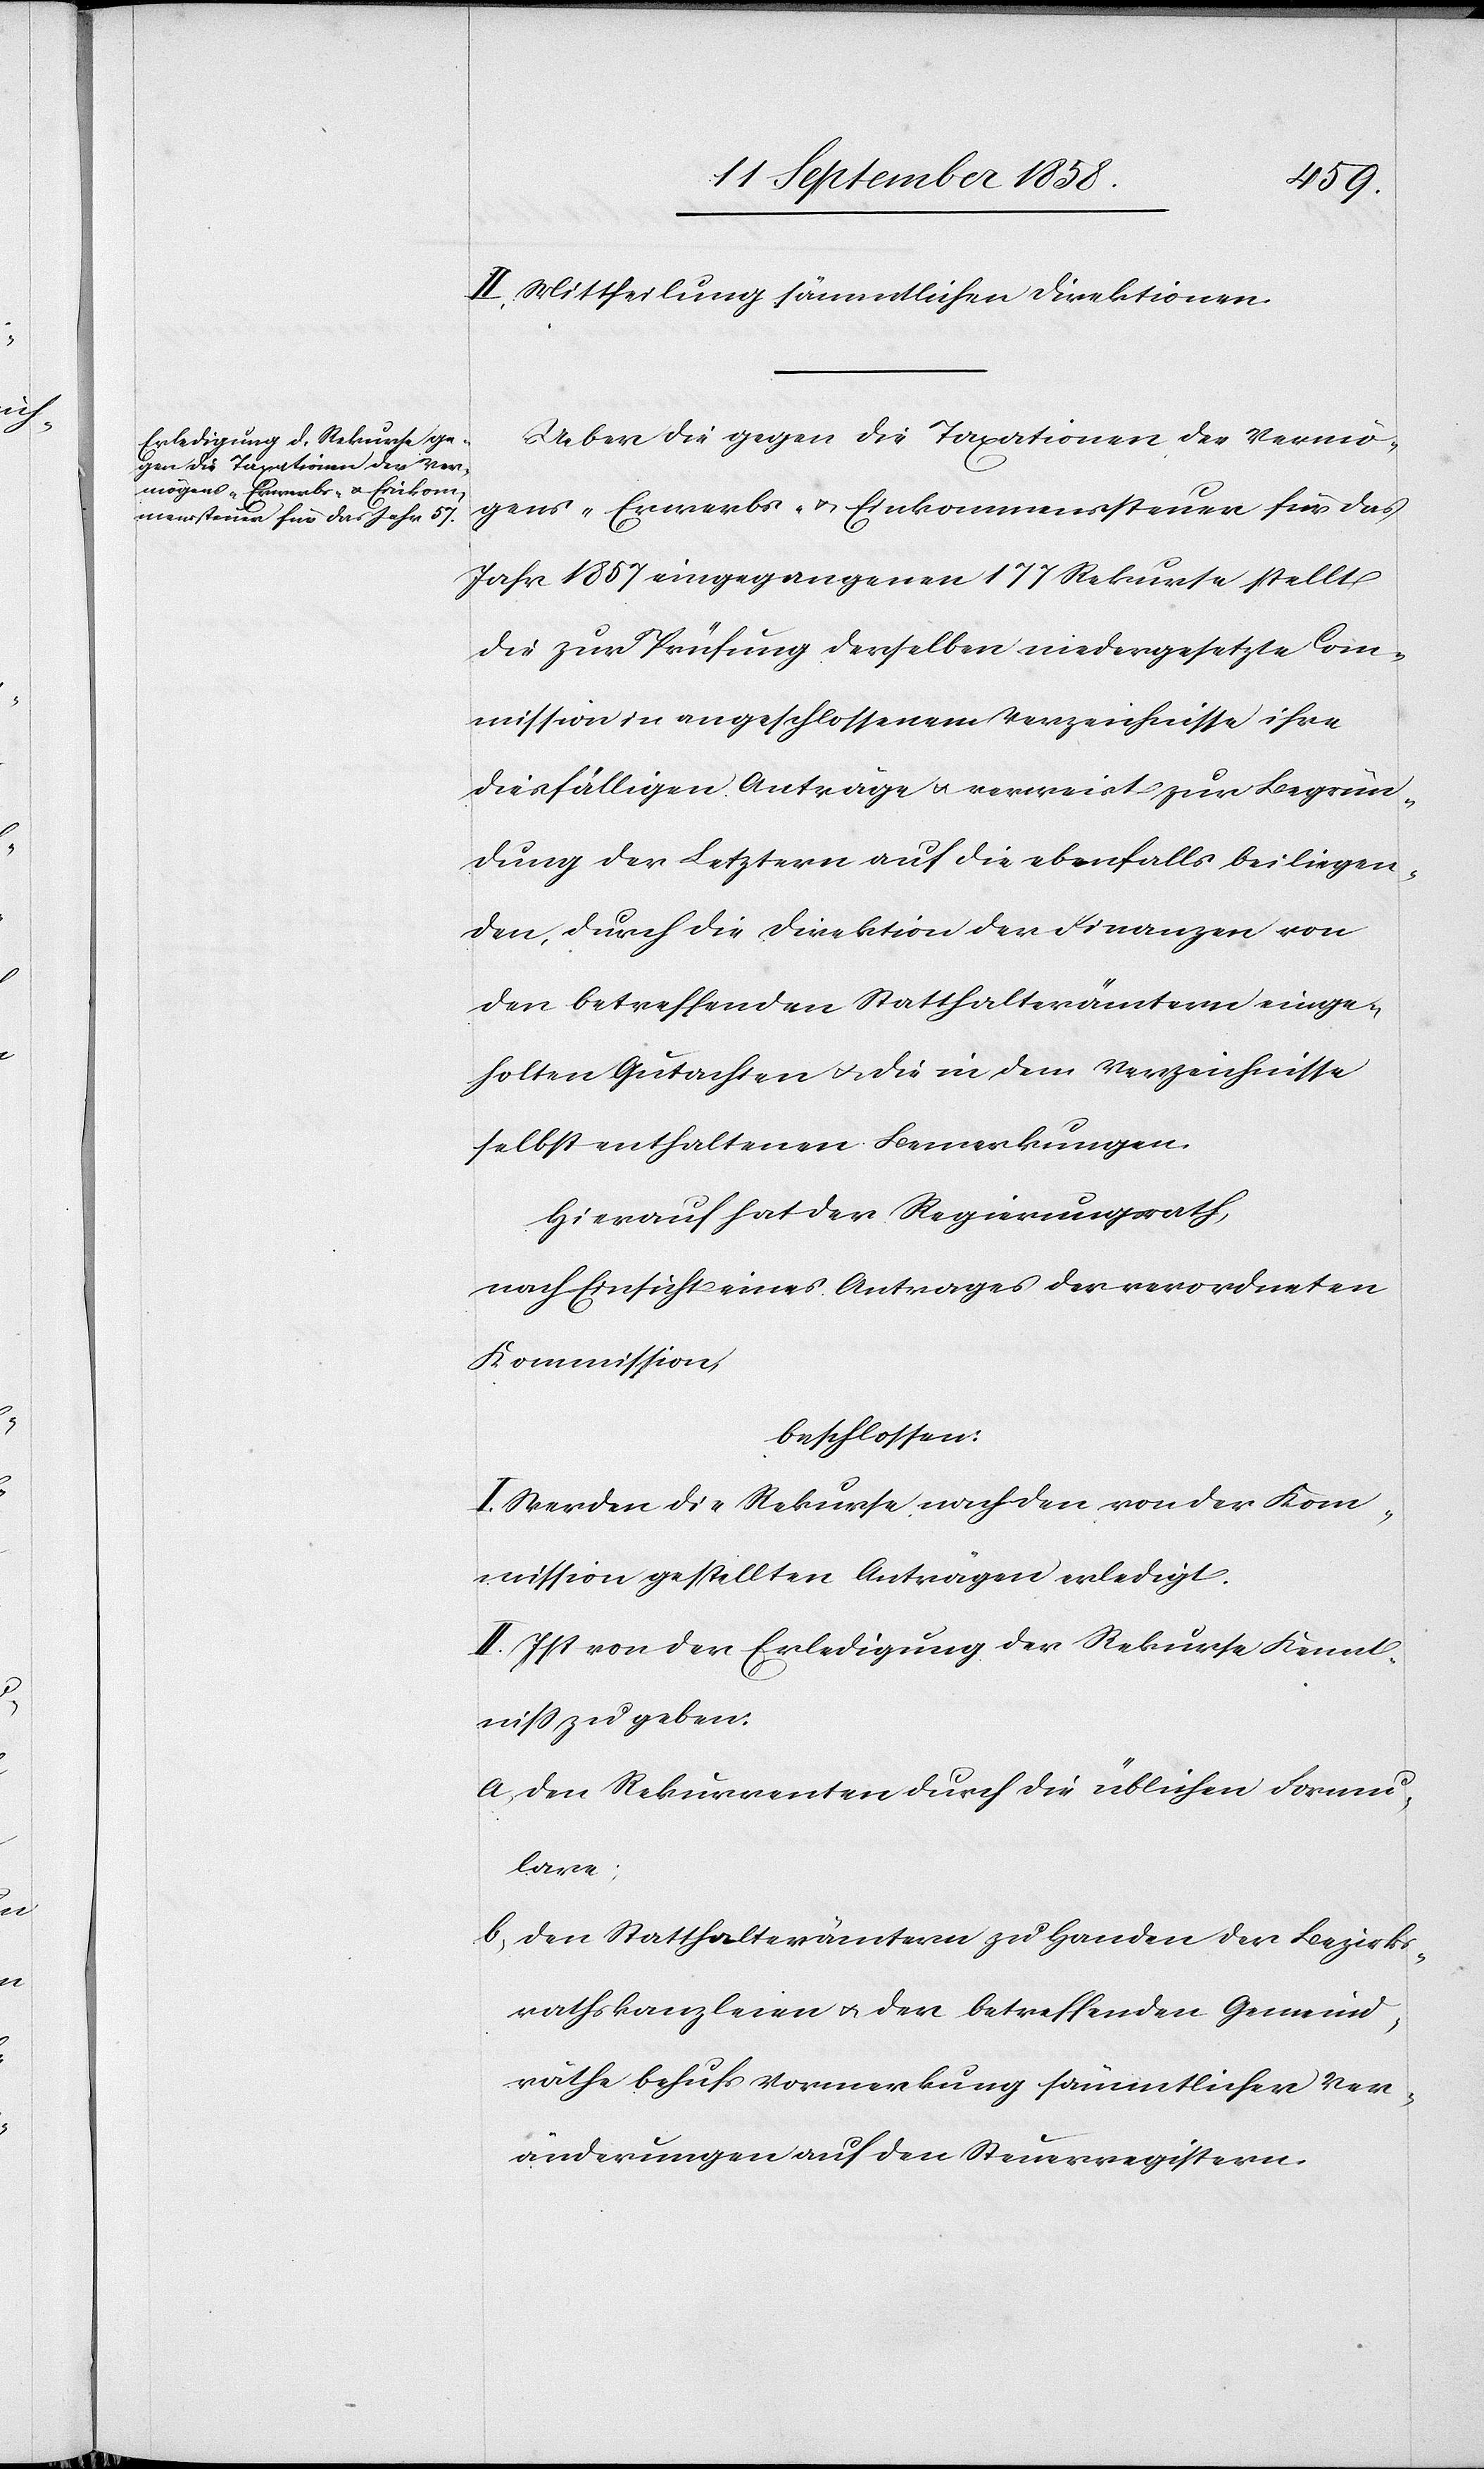
II. Mittheilung sämmtlichen Direktionen.
Ueber die gegen die Taxationen der Vermö¬
gens-[,] Erwerbs- & Einkommenssteuer für das
Jahr 1857 eingegangenen 177 Rekurse stellt
die zur Prüfung derselben niedergesetzte Com¬
mission in angeschlossenem Verzeichnisse ihre
diesfälligen Anträge & verweist zur Begrün¬
dung der Letztern auf die ebenfalls beiliegen¬
den, durch die Direktion der Finanzen von
den betreffenden Statthalterämtern einge¬
holten Gutachten & die in dem Verzeichnisse
selbst enthaltenen Bemerkungen.
Hierauf hat der Regierungsrath,
nach Einsicht eines Antrages der verordneten
Kommission,
beschlossen:
I. Werden die Rekurse nach den von der Kom¬
mission gestellten Anträgen erledigt.
II. Ist von der Erledigung der Rekurse Kennt¬
niss zu geben:
a. den Rekurrenten durch die üblichen Formu¬
lare;
b. den Statthalterämtern zu Handen der Bezirks¬
rathskanzleien & der betreffenden Gemeind¬
räthe behufs Vormerkung sämmtlicher Ver¬
änderungen auf den Steuerregistern.